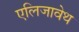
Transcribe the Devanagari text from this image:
एलिजावेथ